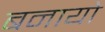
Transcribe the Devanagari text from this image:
बनायो